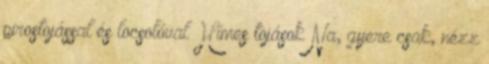
pirostojással és locsolóval Hímes tojások Na, gyere csak, nézz